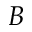
{ \cal B }